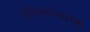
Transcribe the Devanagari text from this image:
दंडियलंगारम्